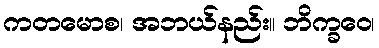
ကတမောစ၊ အဘယ်နည်း။ ဘိက္ခဝေ၊